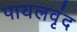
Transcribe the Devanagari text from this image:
पायलवृंद